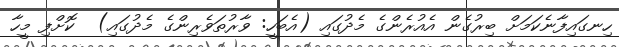
ހިނގައިފާނެކަމަށް ބިރުގެން އެއުރެންގެ މެދުގައި (އެބަހީ: ވާރުތަވެރިންގެ މެދުގައި)  ކޮށްފި މީހާ